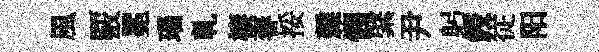
風覈冕瑙乹棲春挼雜憫綮尹躬鋟従阳